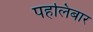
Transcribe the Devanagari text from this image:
पहलिबार